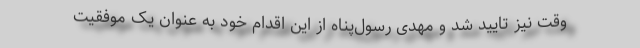
وقت نیز تایید شد و مهدی رسول‌پناه از این اقدام خود به عنوان یک موفقیت